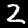
Digit: 2